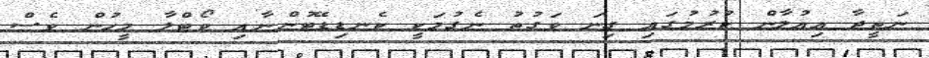
ނަތީޖާ އިއުލާން ކުރުމުގައި ގިނަ ވަގުތު ނެގުމަކީ ކެނޑިޑޭޓުންނާއި ވޯޓްލާ މީހުން ވެސް